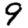
Digit: 9